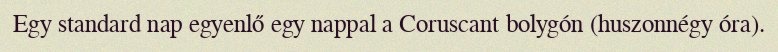
Egy standard nap egyenlő egy nappal a Coruscant bolygón (huszonnégy óra).